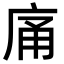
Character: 𭙡